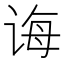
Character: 诲